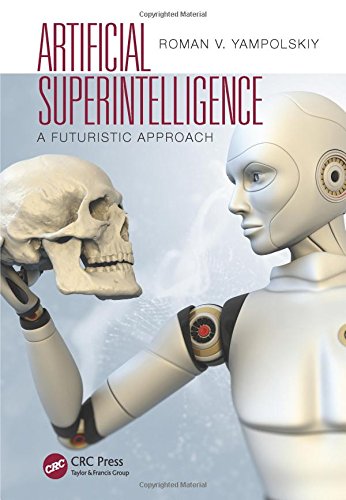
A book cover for Artificial Superintelligence: A Futuristic Approach; Roman V. Yampolskiy; Humor & Entertainment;